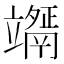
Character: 𥫇